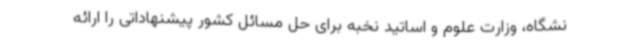
نشگاه، وزارت علوم و اساتید نخبه برای حل مسائل کشور پیشنهاداتی را ارائه